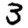
Digit: 3